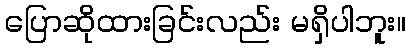
ပြောဆိုထားခြင်းလည်း မရှိပါဘူး။